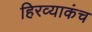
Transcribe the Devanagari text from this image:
हिरव्याकंच